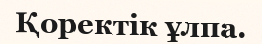
Қоректік ұлпа.